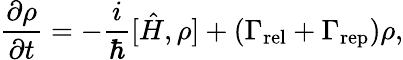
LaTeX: \frac{\partial\rho}{\partial t}=-\frac{i}{\hbar}[\hat{H},\rho]+\left(\Gamma_{\mathrm{rel}}+\Gamma_{\mathrm{rep}}\right)\rho,